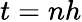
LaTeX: t=nh